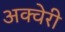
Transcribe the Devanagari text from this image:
अक्वेरी